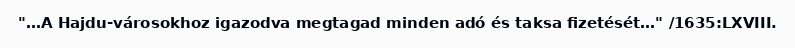
"…A Hajdu-városokhoz igazodva megtagad minden adó és taksa fizetését…" /1635:LXVIII.